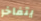
يتفاخر